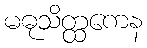
မဓုသိတ္ထကေန